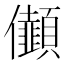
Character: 𠑯